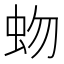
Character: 𧉚